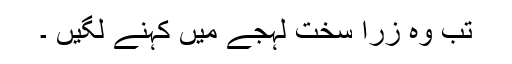
تب وہ زرا سخت لہجے میں کہنے لگیں ۔